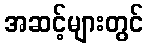
အဆင့်များတွင်